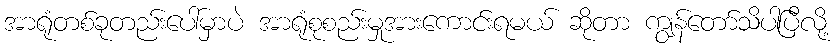
အာရုံတစ်ခုတည်းပေါ်မှာပဲ အာရုံစုစည်းမှုအားကောင်းရမယ် ဆိုတာ ကျွန်တော်သိပါပြီလို့